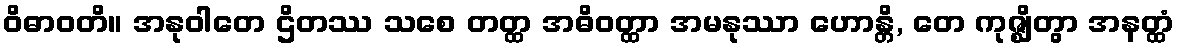
ဝိဓာဝတိ။ အနုဝါတေ ဌိတဿ သစေ တတ္ထ အဓိဝတ္ထာ အမနုဿာ ဟောန္တိ, တေ ကုဇ္ဈိတွာ အနတ္ထံ